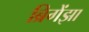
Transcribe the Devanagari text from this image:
ब्रिगेंझा